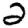
Digit: 2